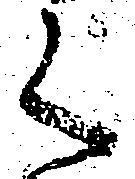
く